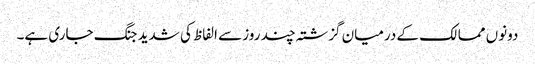
دونوں ممالک کے درمیان گزشتہ چند روز سے الفاظ کی شدید جنگ جاری ہے۔